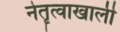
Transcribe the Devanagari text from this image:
नेतॄत्वाखाली